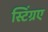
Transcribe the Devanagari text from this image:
स्टिंग्रए